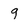
Character: 9